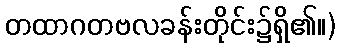
တထာဂတဗလခန်းတိုင်း၌ရှိ၏။)